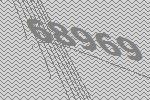
68969